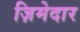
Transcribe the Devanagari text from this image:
ज़िमेदार